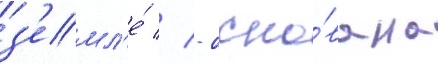
з'емл'е́ // - осно́вана